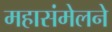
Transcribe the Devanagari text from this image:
महासंमेलने